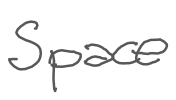
Text: Space
Cross-out: clean
Writing tool: digital_gray